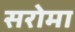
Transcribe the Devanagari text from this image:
सरोमा